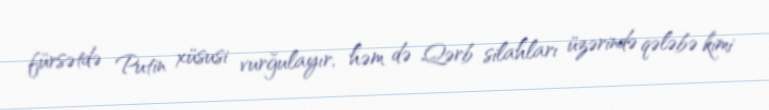
fürsətdə Putin xüsusi vurğulayır, həm də Qərb silahları üzərində qələbə kimi